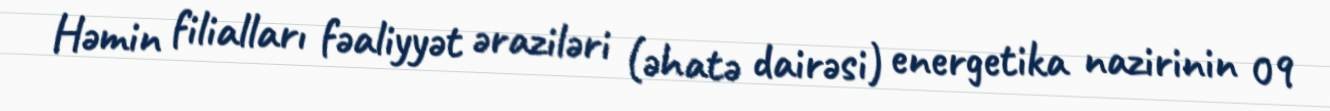
Həmin filialları fəaliyyət əraziləri (əhatə dairəsi) energetika nazirinin 09